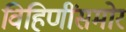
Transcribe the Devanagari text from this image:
विहिणींसमोर